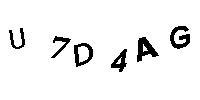
U7D4AG